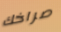
صراخك